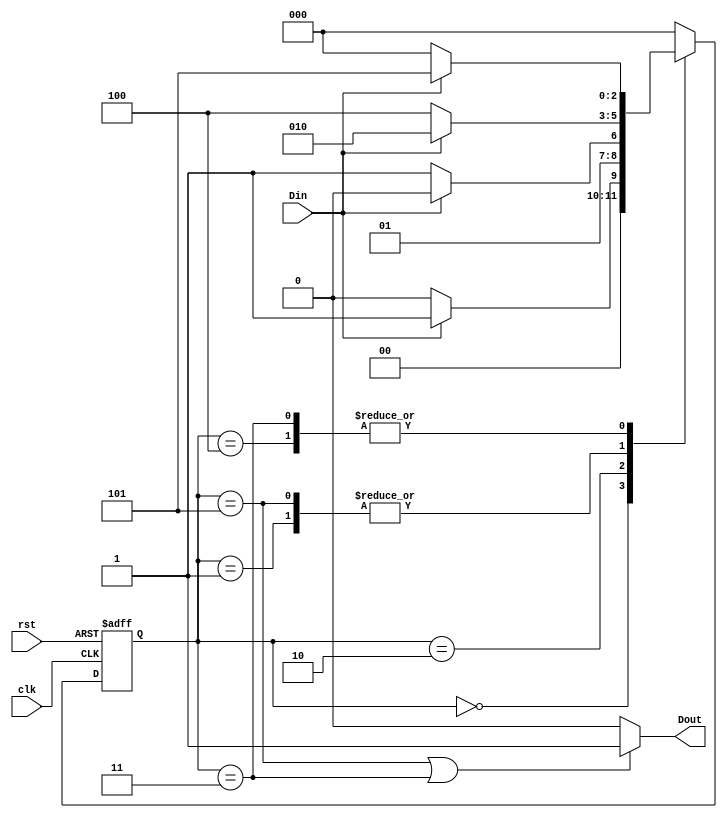
module moore2(Din,Dout,clk,rst);
input Din,clk,rst;
output Dout;

reg [2:0] cur_state,nxt_state;

parameter Idle = 3'b000,s1=3'b001,s11=3'b010,s110=3'b011,s10=3'b100,s101=3'b101;

always @(posedge clk,posedge rst)
begin
    if(rst)
    cur_state <= Idle;
    else
    cur_state <= nxt_state;
end

always @(Din,cur_state)
begin
    case(cur_state)
    Idle:if(Din ==0)
            nxt_state <= Idle;
        else
            nxt_state <= s1;
    s1:if(Din==1)
            nxt_state <= s11;
        else
            nxt_state <= s10;
    s11:if(Din==1)
            nxt_state <= s11;
        else
            nxt_state <= s110;
    s10:if(Din==0)
            nxt_state <= Idle;
        else
            nxt_state <= s101;
    s101:if(Din ==1)
            nxt_state <= s11;
        else
            nxt_state <= s10;
    s110:if(Din==0)
            nxt_state <= Idle;
        else
            nxt_state <= s101;
    default:nxt_state <= Idle;
    endcase
end

assign Dout = (cur_state == s101 || cur_state == s110)? 1'b1:1'b0;
endmodule